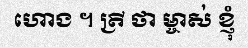
ហោង ។ ត្រី ថា ម្ចាស់ ខ្ញុំ